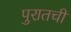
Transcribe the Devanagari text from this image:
पुरातची